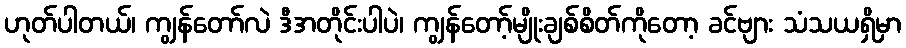
ဟုတ်ပါတယ်၊ ကျွန်တော်လဲ ဒီအတိုင်းပါပဲ၊ ကျွန်တော့်မျိုးချစ်စိတ်ကိုတော့ ခင်ဗျား သံသယရှိမှာ